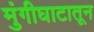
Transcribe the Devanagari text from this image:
मुंगीघाटातून